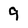
Character: 9